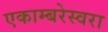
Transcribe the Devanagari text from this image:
एकाम्बरेस्वरा